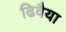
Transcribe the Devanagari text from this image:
ढिवैया